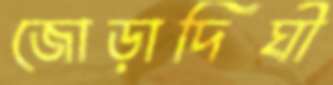
জোড়াদিঘী